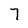
Character: 7